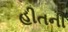
હીતની